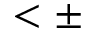
< \pm